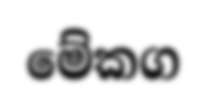
මේකග